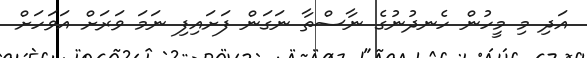
އަދި މި މީހުން ހެނދުނުގެ ނާސްތާ ނަގަން ފަށައިފި ނަމަ ވަރަށް އަވަހަށް